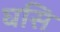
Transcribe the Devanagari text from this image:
घसि